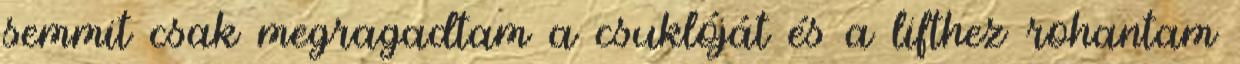
semmit csak megragadtam a csuklóját és a lifthez rohantam